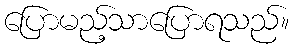
ပြောမည့်သာပြောရသည်။